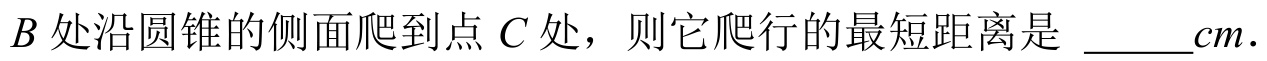
$B$处沿圆锥的侧面爬到点$C$处，则它爬行的最短距离是 \_\_\_\_$cm$.